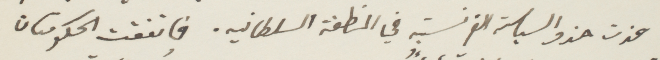
حذت حذو السياسة الفرنسية في المنطفة السلطانية. فانفقت الحكومتان